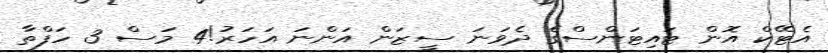
އެޓޭކް އޮން ޓައިޓަންސްގެ ދެވަނަ ސީޒަން އަންނަ އަހަރު!4 މަސް 3 ހަފްތާ